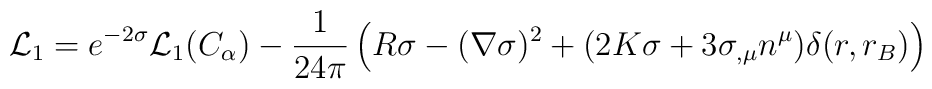
{\cal L}_1=e^{-2\sigma}{\cal L}_1(C_{\alpha})-{1 \over 24\pi}\left(R\sigma-(\nabla \sigma)^2+(2K\sigma+3\sigma_{,\mu}n^{\mu})\delta(r,r_B)\right)